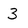
Character: 3